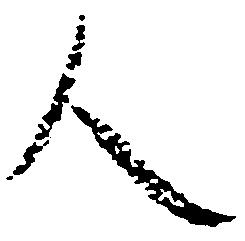
人